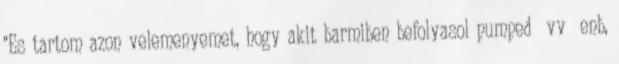
"Es tartom azon velemenyemet, hogy akit barmiben befolyasol pumped vv enb,